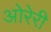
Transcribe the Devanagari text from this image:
ओरेरी